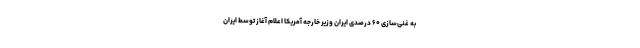
به غنی‌سازی ۶۰ درصدی ایران وزیر خارجه آمریکا اعلام آغاز توسط ایران